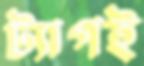
ট্যাগই